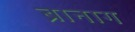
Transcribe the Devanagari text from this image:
ब्रानाग